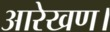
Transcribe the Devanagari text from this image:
आरेखण।